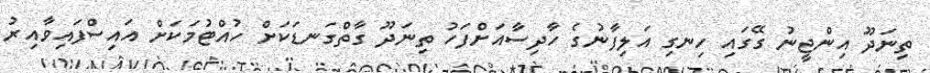
ތިނަދޫ އިންޖީނު ގޭގައި ހިނގި އަލިފާނުގެ ހާދިސާއަށްފަހު ތިނަދޫ ގާތްގަނޑަކަށް ހުއްޓުމަކަށް އައިސްފައިވާއިރު